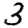
Digit: 3